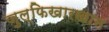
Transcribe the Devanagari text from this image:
जुल्फिखारखान